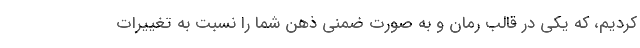
کردیم، که یکی در قالب رمان و به صورت ضمنی ذهن شما را نسبت به تغییرات